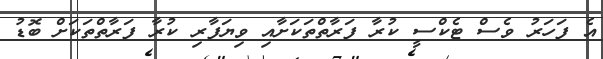
އެ ފަހަރު ވެސް ޓެކްސީ ކުރާ ފަރާތްތަކަށާއި ވިޔަފާރި ކުރާ ފަރާތްތަކަށް ބޮޑު